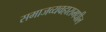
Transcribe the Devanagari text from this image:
समाजव्यवहारामधील